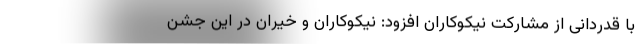
با قدردانی از مشارکت نیکوکاران افزود: نیکوکاران و خیران در این جشن